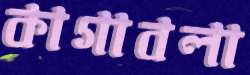
কাগাবলা